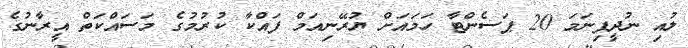
ލުއި ނުދީފިނަމަ 20 ޕަސެންޓާ ހަމައަށް ޔުރޭނިއަމް ފައްކާ ކުރުމުގެ މަސައްކަތް އީރާނުގެ